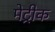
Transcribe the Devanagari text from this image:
मेट्रीक